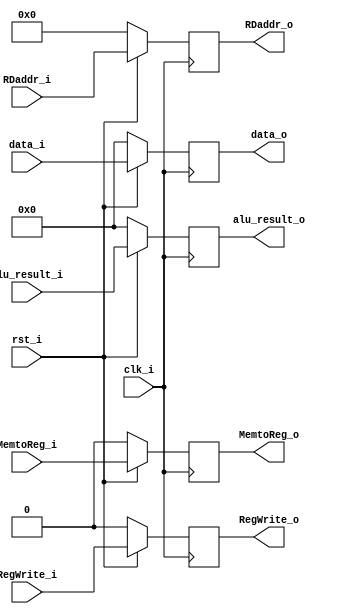
/***************************************************
Student Name: 
Student ID: 
***************************************************/

`timescale 1ns/1ps

module MEM_WB_pipeline_reg(
	input          clk_i,
    	input          rst_i,
	/*Control signal input*/
	input          MemtoReg_i,
	input          RegWrite_i,
	
	//input [1:0]	Jump_i // not addressed in Lab5
	
	/*Data input*/
        input		[31:0]   data_i,
        input 		[32-1:0] alu_result_i,
	input  		[5-1:0]  RDaddr_i,

	/*Control signal output*/
	output reg          MemtoReg_o,
	output reg          RegWrite_o,
	
	//output reg [1:0]    Jump_o // not addressed in Lab5

	/*Data output*/
	output reg [32-1:0] data_o,
	output reg [32-1:0] alu_result_o,
	output reg [5-1:0]  RDaddr_o
);

always@(posedge clk_i) begin
	if(~rst_i) 
		begin
			/* WB */
			MemtoReg_o <= 1'b0;
	        	RegWrite_o <= 1'b0;
	        	//Jump_o <= 0;
			/* Data*/
			data_o <= 32'd0;
			alu_result_o  <= 32'd0;
			RDaddr_o   <= 5'd0;
	
		end
    	else 
		begin
			/* WB */
			MemtoReg_o <= MemtoReg_i;
	        	RegWrite_o <= RegWrite_i;
	        	// Jump_o <= Jump_i;
			/* Data*/
			data_o  <= data_i;
			alu_result_o  <= alu_result_i;
			RDaddr_o   <= RDaddr_i;
		end
//$display("%0dns :\$display: Opcode = %7b ALUSrc=%b RegWrite=%b Branch =%b ALUOp =%2b"  , $stime, instr_i[7-1:0], alusrc, regwrite, branch, ALU_OP);

end

endmodule